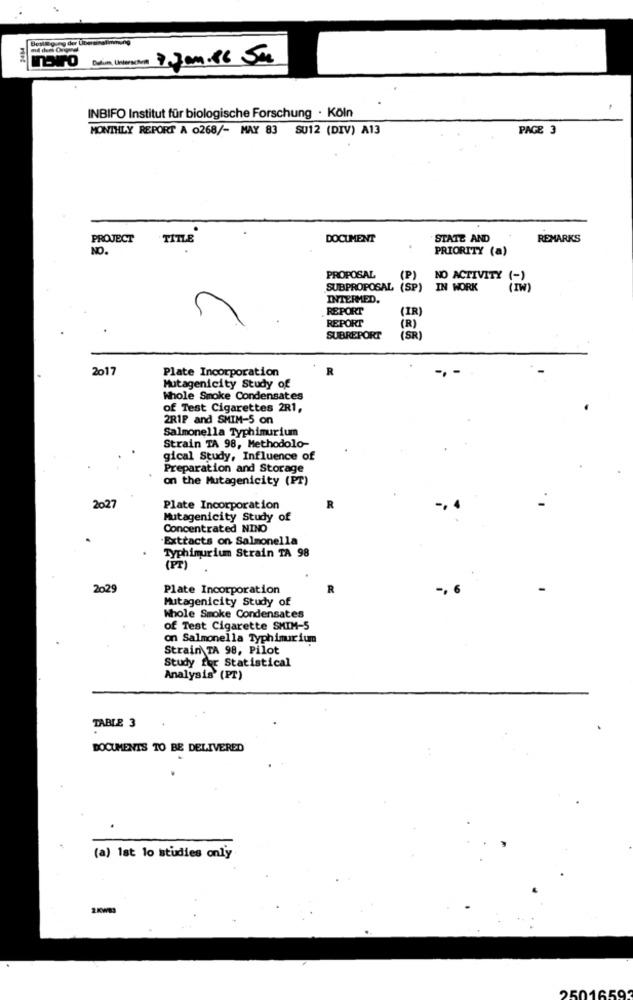
INBIFO Institut für biologische Forschung · Köln
MONTHLY REPORT A 0268/- MAY 83 SU12 (DIV) A13
PAGE 3
PROJECT
TITLE
DOCUMENT
STATE AND
REMARKS
NO.
PRIORITY (a)
PROPOSAL
(P)
NO ACTIVITY
SUBPROPOSAL (SP)
IN WORK
(IV)
INTERMED.
REPORT
(IR)
REPORT
(R)
İSR!
SUBREPORT
2017
Plate Incorporation
R
Mutagenicity Study of
Whole Smoke Condensates
of Test Cigarettes 2R1,
2RIP and SMIM-5 on
Salmonella Typhimurium
Strain TA 98, Methodolo-
gical Study, Influence of
Preparation and Storage
on the Mutagenicity (PT)
2027
Plate Incorporation
Mutagenicity Study of
Concentrated NINO
Extracts on Salmonella
Typhimurium Strain TA 98
(PT)
2029
Plate Incorporation
R
-. 6
Mutagenicity Study of
Whole Smoke Condensates
of Test Cigarette SHIM-5
on Salmonella Typhimurium
Strain TA 98, Pilot
Study for Statistical
Analysis' (PT)
TABLE 3
DOCUMENTS TO BE DELIVERED
(a) 1st lo studies only
2KW83
2501659